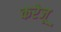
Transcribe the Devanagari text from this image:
करेजू